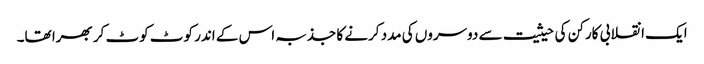
ایک انقلابی کارکن کی حیثیت سے دوسروں کی مدد کرنے کا جذبہ اس کے اندر کوٹ کوٹ کر بھرا تھا۔